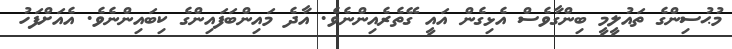
މުޙުސިންގެ ތައުލީމީ ބިންގާވެސް އެޅިގެން އައީ ގޭތެރެއިންނެވެ. އާދެ މައިންބަފައިންގެ ކިބައިންނެވެ. އެއަށްފަހު